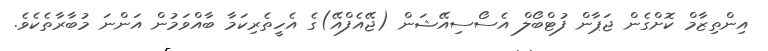
އިންތިޒާމް ކޮށްގެން ޖަޕާން ފުޓްބޯލް އެސޯސިއޭޝަން (ޖޭއެފްއޭ)ގެ އެހީތެރިކަމާ ބާއްވަމުން އަންނަ މުބާރާތެކެވެ.